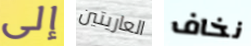
إلى العاريتين نخاف